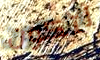
لتكون